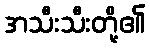
အသီးသီးတို့၏